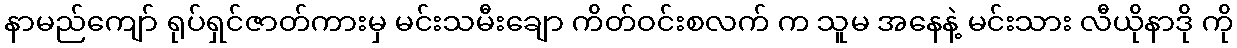
နာမည်ကျော် ရုပ်ရှင်ဇာတ်ကားမှ မင်းသမီးချော ကိတ်ဝင်းစလက် က သူမ အနေနဲ့ မင်းသား လီယိုနာဒို ကို